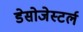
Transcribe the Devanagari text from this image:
डेसोजेस्टर्ल